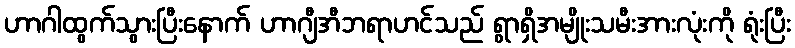
ဟာဂါထွက်သွားပြီးနောက် ဟာဂျီအီဘရာဟင်သည် ရွာရှိအမျိုးသမီးအားလုံးကို ရုံးပြီး